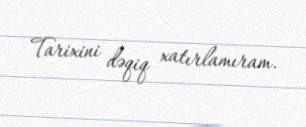
Tarixini dəqiq xatırlamıram.